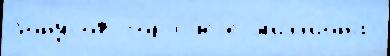
бо́нусов гор'ю́чеjе м'илл'ио́на